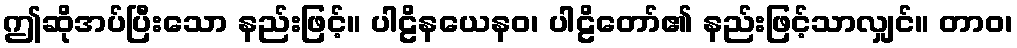
ဤဆိုအပ်ပြီးသော နည်းဖြင့်။ ပါဠိနယေနဝ၊ ပါဠိတော်၏ နည်းဖြင့်သာလျှင်။ တာဝ၊